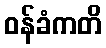
ဝန်ခံကတိ